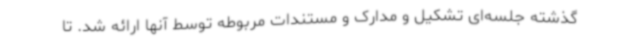
گذشته جلسه‌ای تشکیل و مدارک و مستندات مربوطه توسط آنها ارائه شد. تا